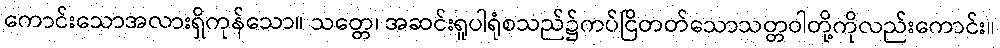
ကောင်းသောအလားရှိကုန်သော။ သတ္တေ၊ အဆင်းရူပါရုံစသည်၌ကပ်ငြိတတ်သောသတ္တဝါတို့ကိုလည်းကောင်း။